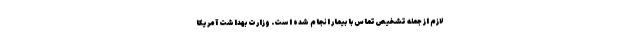
لازم از جمله تشخیص تماس با بیمار انجام شده است. وزارت بهداشت آمریکا